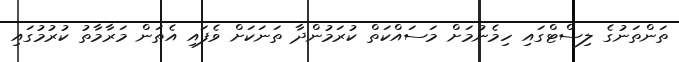
ތަންތަނުގެ ލިސްޓްގައި ހިމެނުމަށް މަސައްކަތް ކުރަމުންދާ ތަނަކަށް ވެފައި އެތަން މަރާމާތު ކުރުމުގައި